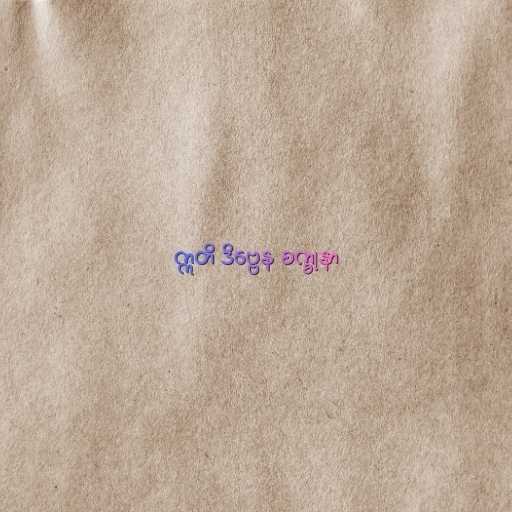
ဣတိ ဒိဗ္ဗေန စက္ခုနာ